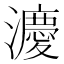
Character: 𪷸